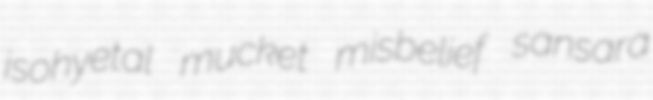
isohyetal mucket misbelief sansara